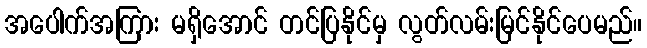
အပေါက်အကြား မရှိအောင် တင်ပြနိုင်မှ လွတ်လမ်းမြင်နိုင်ပေမည်။